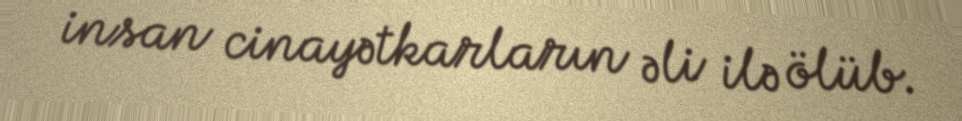
insan cinayətkarların əli ilə ölüb.